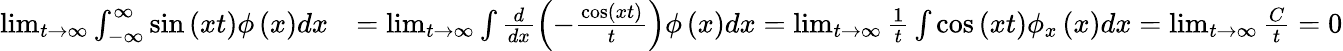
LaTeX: \begin{array}{rl}{\operatorname*{lim}_{t\rightarrow\infty}\int_{-\infty}^{\infty}\sin\left(xt\right)\phi\left(x\right)dx}&{=\operatorname*{lim}_{t\rightarrow\infty}\int\frac{d}{dx}\left(-\frac{\cos\left(xt\right)}{t}\right)\phi\left(x\right)dx=\operatorname*{lim}_{t\rightarrow\infty}\frac{1}{t}\int\cos\left(xt\right)\phi_{x}\left(x\right)dx=\operatorname*{lim}_{t\rightarrow\infty}\frac{C}{t}=0}\end{array}